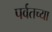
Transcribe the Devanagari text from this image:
पर्वतच्या